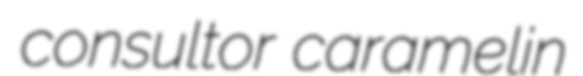
consultor caramelin